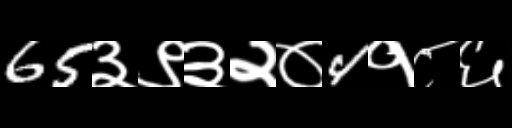
Text: 65३९३२०4१८६